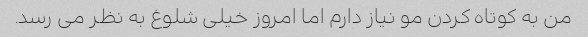
من به کوتاه کردن مو نیاز دارم اما امروز خیلی شلوغ به نظر می رسد.